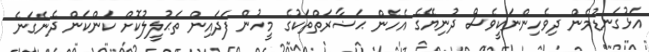
އަޅުގަނޑުމެން ދިވެހިންނަކީވެސް ދުނިޔޭގެ އެހެން ޙަޟާރަތްތަކުގެ މީހުން ފަދައިން ތަޙުލީލުކޮށް ކަންކަން ދެނެގަނެ